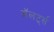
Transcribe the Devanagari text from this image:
अॅलर्ट्स